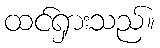
ထင်ရှားသည်။